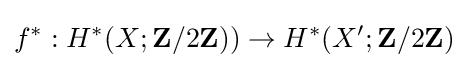
f^{*}:H^{*}(X;\mathbf {Z} /2\mathbf {Z} ))\to H^{*}(X';\mathbf {Z} /2\mathbf {Z} )